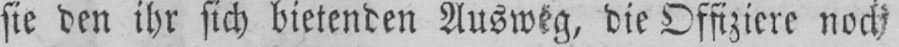
sie den ihr sich bietenden Ausweg, die Offiziere noch